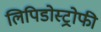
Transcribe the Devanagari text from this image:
लिपिडोस्ट्रोफी